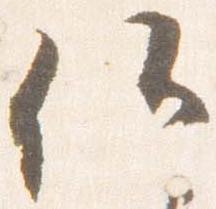
候